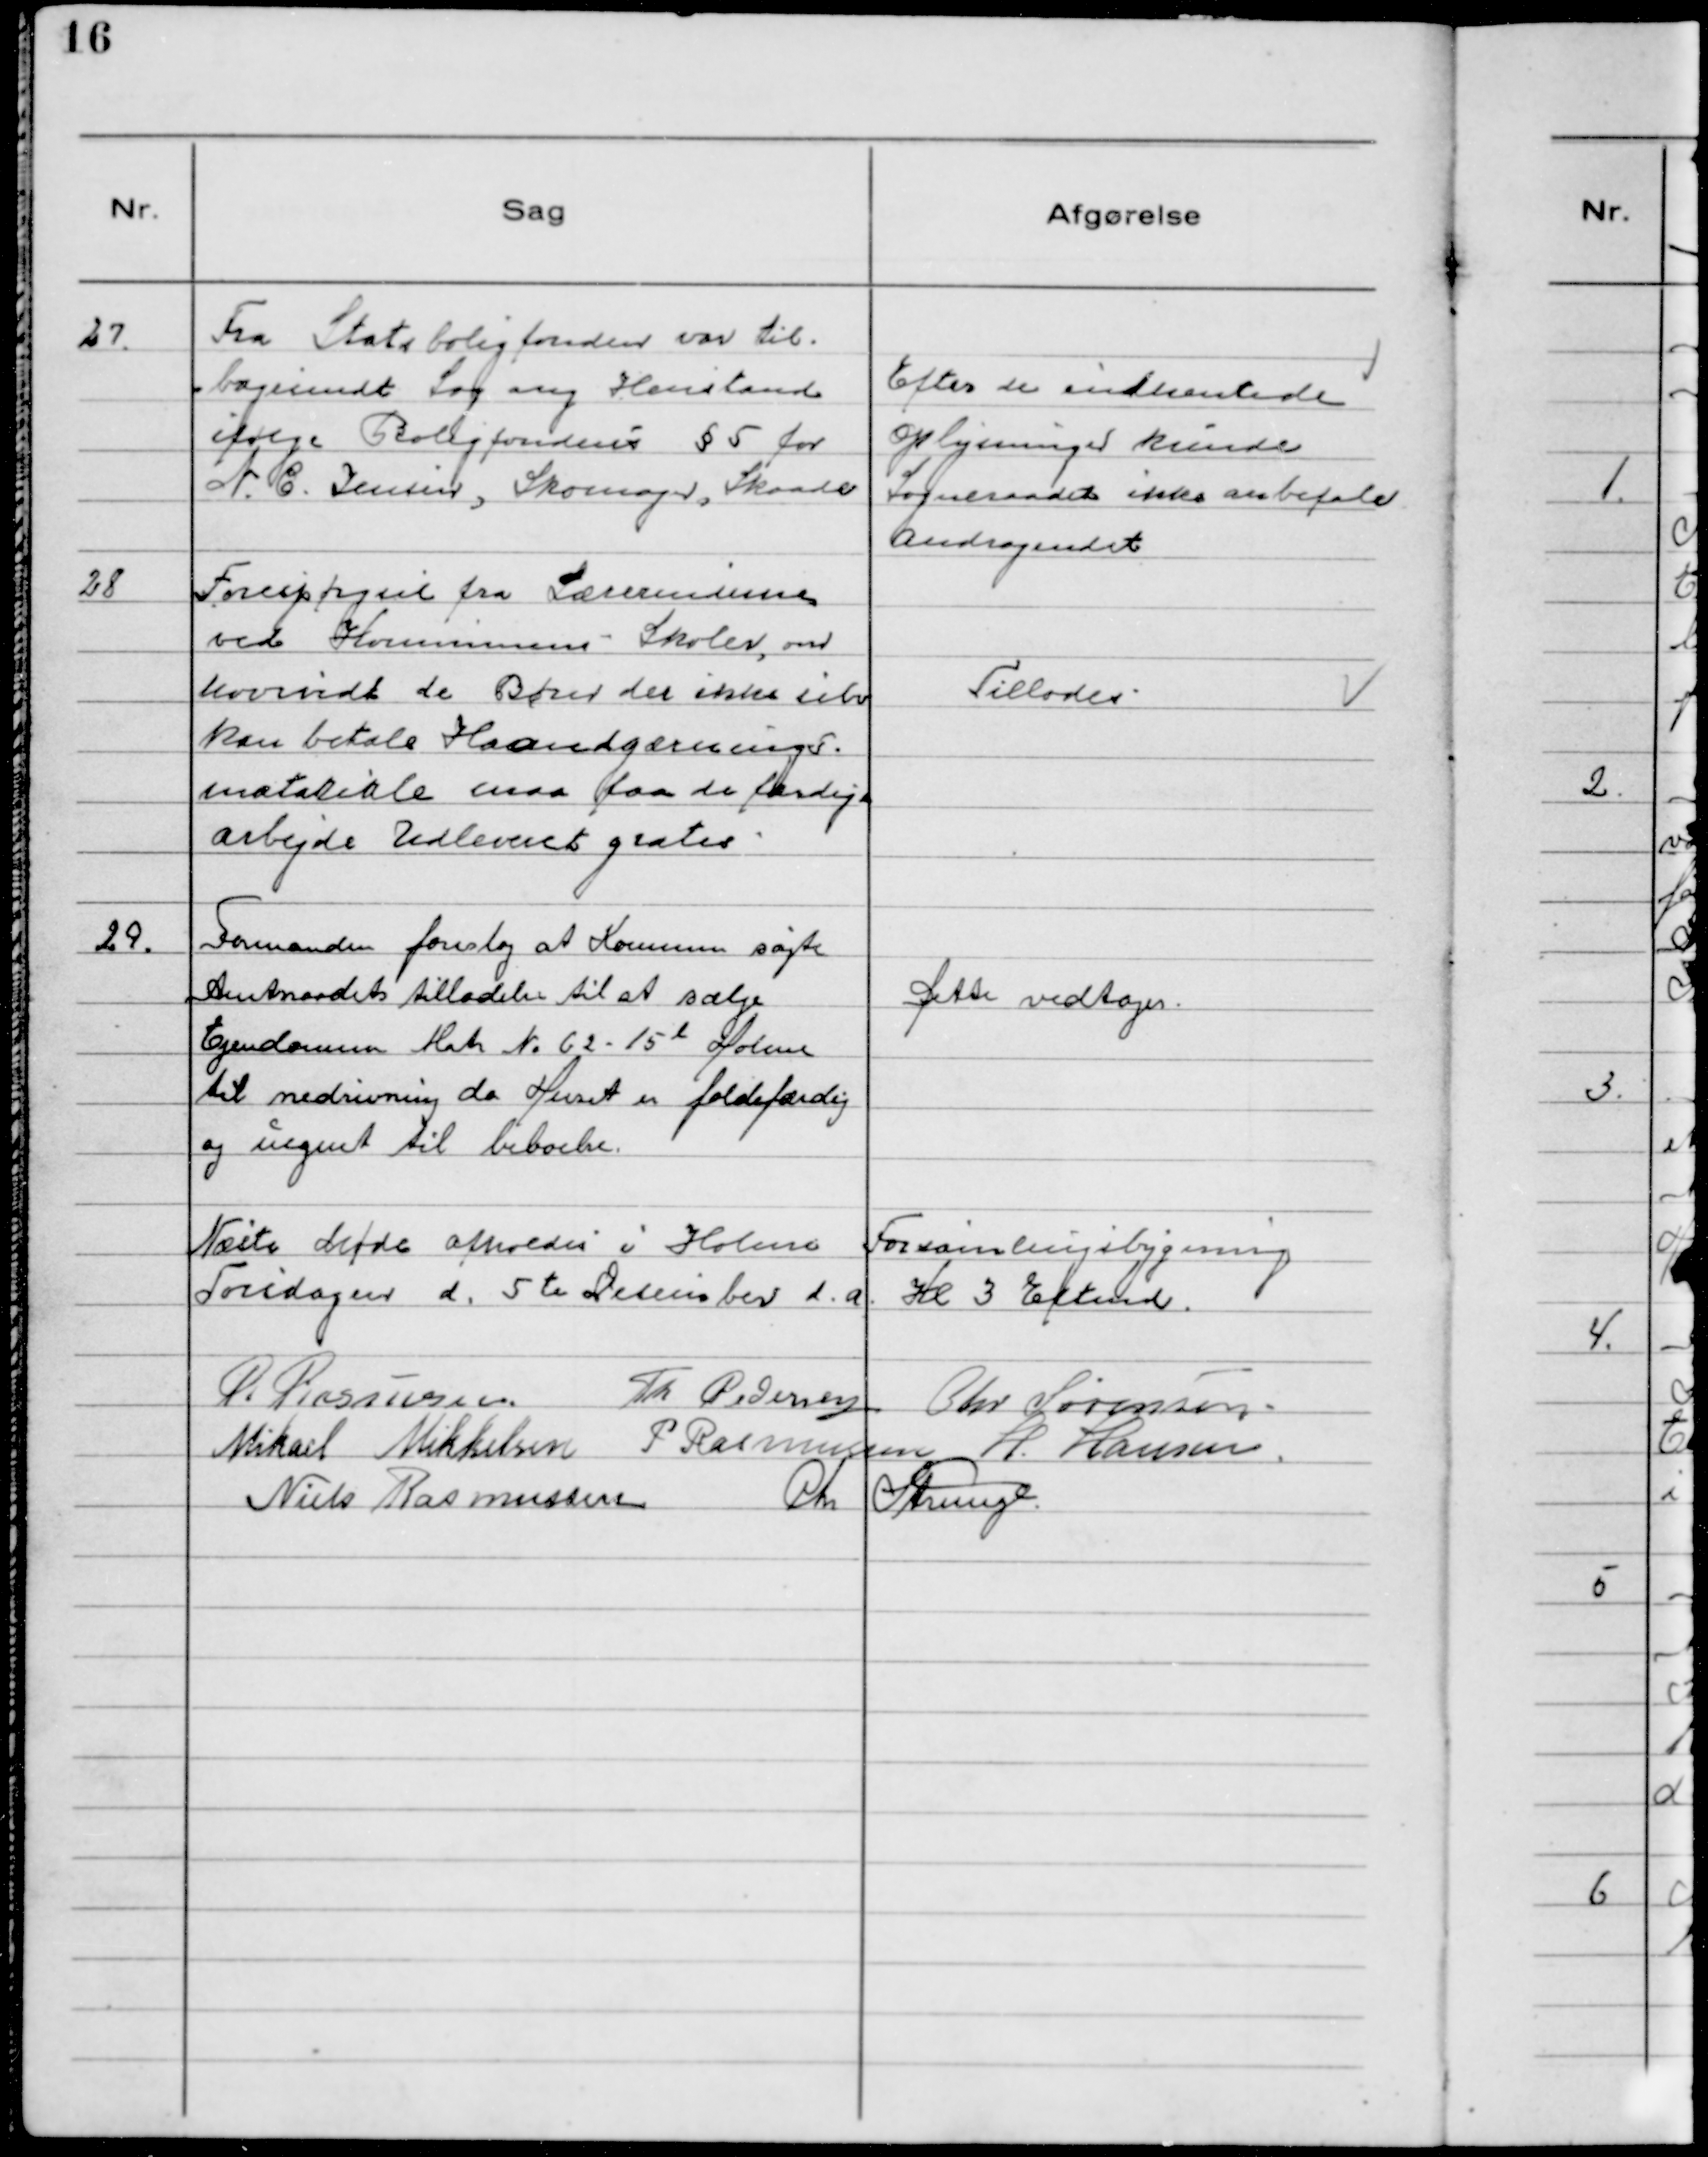
Transskription:
27. Fra Statsboligfonden var til-
bagesendt Sag ang. Henstand
ifølge Boligfondens §5 for
N.C. Jensen, Skomager, Skaade

Efter de indhentede
Oplysninger kunde
Sogneraadet ikke anbefale
Andragendet

28 Forespørgsel fra Lærerinderne
ved Kommunens Skoler, om
hvorvidt de Børn der ikke selv
kan betale Haandgernings-
materiale maa faa de færdige
arbejde Udleveret gratis

Tillodes

29. Formanden foreslog at Kommunen søgte
Amtsraadets tilladelse til at sælge
Ejendommen Matr No b2- 15l Holme
til nedrivning da Huset er faldefærdig
og uegnet til beboelse.

Dette vedtoges.

Næste Møde afholdes i Holme Forsamlingsbygning
Torsdagen d. 5te December d.a. Kl 3 Eftermd.
P. Rasmussen. Th Pedersen Chr Sørensen.
Mikael Mikkelsen P Rasmussen H. Hansen.
Niels Rasmussen Chr. Strunge.